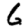
Digit: 6